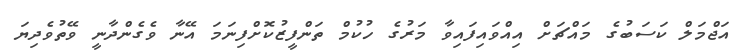
އަޖްމަލް ކަސަބުގެ މައްޗަށް އިއްވައިފައިވާ މަރުގެ ހުކުމް ތަންފީޒުކޮށްފިނަމަ އޭނާ ވެގެންދާނީ ވޭތުވެދިޔަ